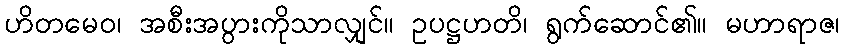
ဟိတမေဝ၊ အစီးအပွားကိုသာလျှင်။ ဥပဋ္ဌဟတိ၊ ရွက်ဆောင်၏။ မဟာရာဇ၊